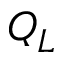
Q _ { L }